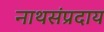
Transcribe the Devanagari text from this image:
नाथसंप्रदाय